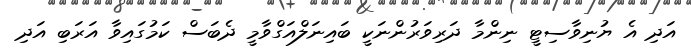
އަދި އެ ޔުނިވާސިޓީ ނިންމާ ދަރިވަރުންނަކީ ބައިނަލްއަގްވާމީ ދެބަސް ކަމުގައިވާ އަރަބި އަދި